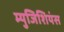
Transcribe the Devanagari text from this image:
म्युजिशियंस